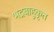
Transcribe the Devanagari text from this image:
भद्रबाहुकृत